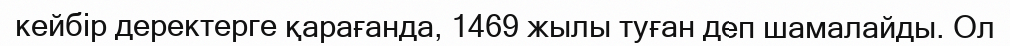
кейбір деректерге қарағанда, 1469 жылы туған деп шамалайды. Ол